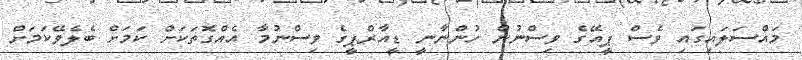
މައްސަލައިގައި ވެސް ޕީއޭގެ ވިސްނުން ހުންނާނީ ޑީއާރްޕީގެ ވިސްނުމާ އެއްގޮތަކަށް ކަމަށް ބެލެވޭކަމަށް